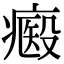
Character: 㿄